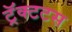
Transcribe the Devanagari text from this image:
ट्रॅक्टटस